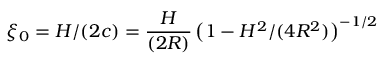
\xi _ { 0 } = H / ( 2 c ) = \frac { H } { ( 2 R ) } \, \big ( 1 - H ^ { 2 } / ( 4 R ^ { 2 } ) \big ) ^ { - 1 / 2 }